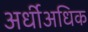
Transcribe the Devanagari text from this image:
अर्धीअधिक